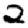
Digit: 2